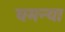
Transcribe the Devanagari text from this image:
घमन्या